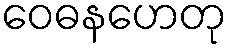
ဝေဓနဟေတု